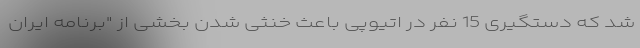
شد که دستگیری 15 نفر در اتیوپی باعث خنثی شدن بخشی از "برنامه ایران